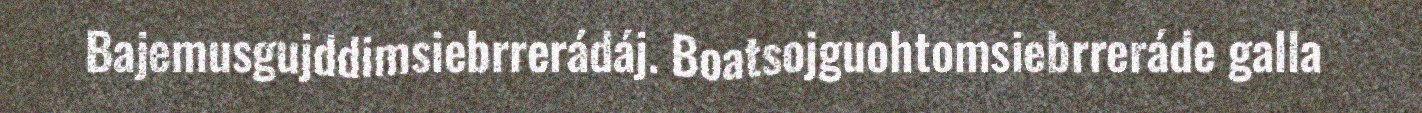
Bajemusgujddimsiebrrerádáj. Boatsojguohtomsiebrreráde galla